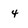
Character: 4